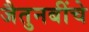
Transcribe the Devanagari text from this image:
जैतुनबींचे